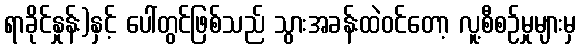
ရာခိုင်နှုန်း)နှင့် ပေါ်တွင်ဖြစ်သည် သွားအခန်းထဲဝင်တော့ လူ့စီစဉ်မှုများမှ